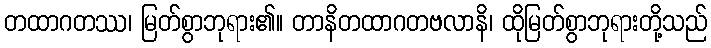
တထာဂတဿ၊ မြတ်စွာဘုရား၏။ တာနိတထာဂတဗလာနိ၊ ထိုမြတ်စွာဘုရားတို့သည်